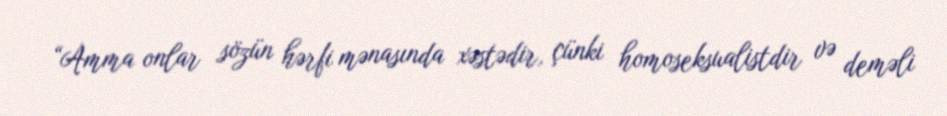
“Amma onlar sözün hərfi mənasında xəstədir, çünki homoseksualistdir və deməli